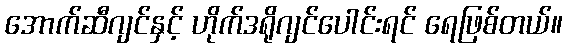
အောက်ဆီဂျင်နှင့် ဟိုက်ဒရိုဂျင်ပေါင်းရင် ရေဖြစ်တယ်။